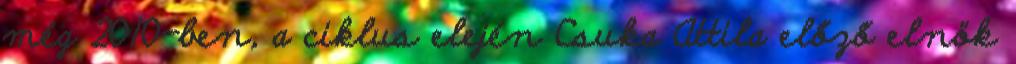
még 2010-ben, a ciklus elején Csuka Attila előző elnök